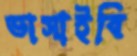
ভাসাইবি